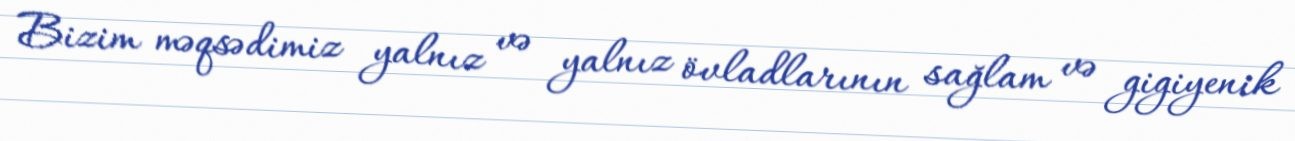
Bizim məqsədimiz yalnız və yalnız övladlarının sağlam və gigiyenik